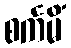
စင်္ကမိံ